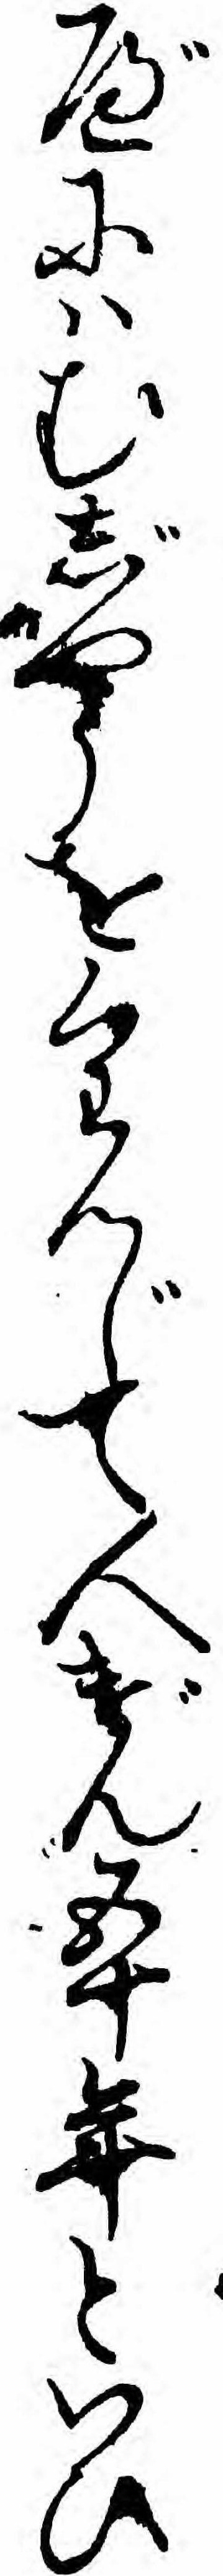
べにハむじやうをくわんじて人げん五十年といひ